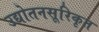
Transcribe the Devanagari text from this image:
उद्योतनसूरिकृत